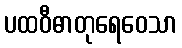
ပထဝီဓာတုရေဝေသာ